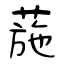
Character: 葹